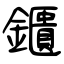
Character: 鑎